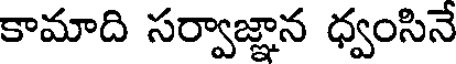
కామాది సర్వాజ్ఞాన ధ్వంసినే